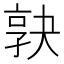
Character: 𡥹